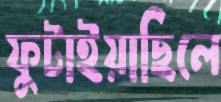
ফুটাইয়াছিলে